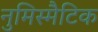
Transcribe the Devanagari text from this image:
नुमिस्मैटिक